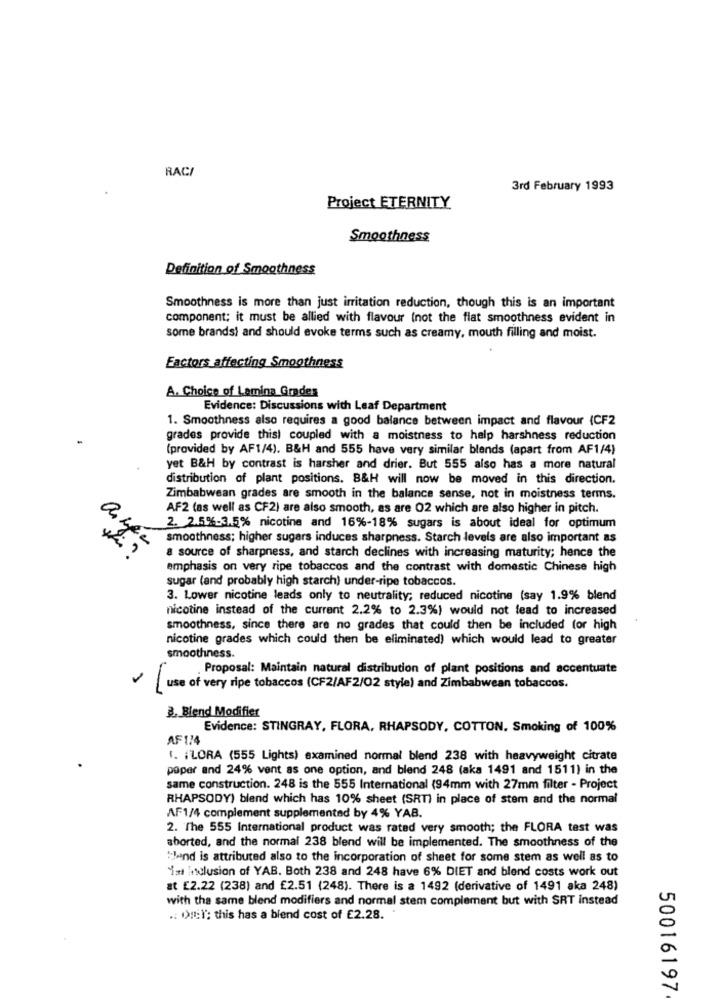
RACI
3rd February 1993
Project ETERNITY.
Smoothness
Definition of Smoothness
Smoothness is more than just irritation reduction, though this is an important
component; it must be allied with flavour (not the flat smoothness evident in
some brandsi and should evoke terms such as creamy, mouth filling and moist.
Factors affecting Smoothness
A. Choice of Lamina Grades
Evidence: Discussions with Leaf Department
1. Smoothness also requires a good balance between impact and flavour (CF2
grades provide thisl coupled with a moistness to help harshness reduction
(provided by AF1/4). B&H and 555 have very similar blends (apart from AF1/4)
yet B&H by contrast is harsher and drier. But 555 also has a more natural
distribution of plant positions. B&H will now be moved in this direction.
Zimbabwean grades are smooth in the balance sense, not in moistness terms.
AF2 (as well as CF2) are also smooth, as are 02 which are also higher in pitch.
2. 2.5%-3.5% nicotine and 16%-18% sugars is about ideal for optimum
smoothness; higher sugars induces sharpness. Starch levels are also important as
a source of sharpness, and starch declines with increasing maturity; hence the
emphasis on very ripe tobaccos and the contrast with domestic Chinese high
sugar (and probably high starch) under-ripe tobaccos.
3. Lower nicotine leads only to neutrality; reduced nicotine (say 1.9% blend
nicotine instead of the current 2.2% to 2.3%) would not lead to increased
smoothness, since there are no grades that could then be included (or high
nicotine grades which could then be eliminated) which would lead to greater
smoothness.
. Proposal: Maintain natural distribution of plant positions and accentuate
[ use of very ripe tobaccos (CF2/AF2/02 style) and Zimbabwean tobaccos.
B. Blend Modifier
Evidence: STINGRAY, FLORA, RHAPSODY, COTTON. Smoking of 100%
AF 114
1. FLORA (555 Lights) examined normal blend 238 with heavyweight citrate
paper and 24% vent as one option, and blend 248 (aka 1491 and 1511) in the
same construction. 248 is the 555 International (94mm with 27mm filter - Project
RHAPSODY) blend which has 10% sheet (SRT) in place of stem and the normal
AF1/4 complement supplemented by 4% YAB.
2. The 555 International product was rated very smooth; the FLORA test was
aborted, and the normal 238 blend will be implemented. The smoothness of the
"Jaand is attributed also to the incorporation of sheet for some stem as well as to
's Ilusion of YAB. Both 238 and 248 have 6% DIET and blend costs work out
at £2.22 (238) and £2.51 (248). There is a 1492 (derivative of 1491 aka 248)
with the same blend modifiers and normal stem complement but with SRT instead
.: ):I': this has a blend cost of €2.28.
50016197